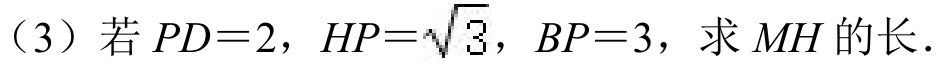
（3）若\(PD = 2\)，\(HP=\sqrt{3}\)，\(BP = 3\)，求\(MH\)的长.